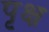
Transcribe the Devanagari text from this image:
पृक्ष